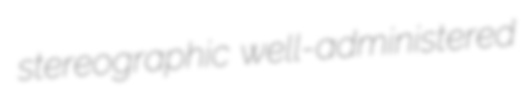
stereographic well-administered